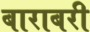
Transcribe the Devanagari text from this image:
बाराबरी